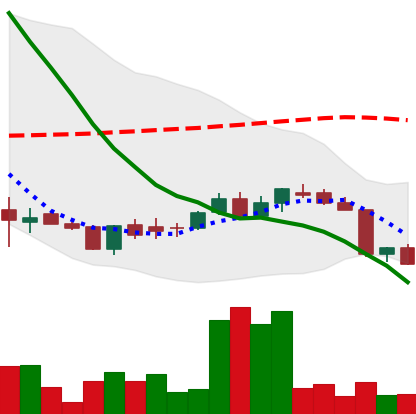
Ticker: DOGE-USD
Chart end date: 2018-06-12
Forward return: -6.993%
Label: down_5_7